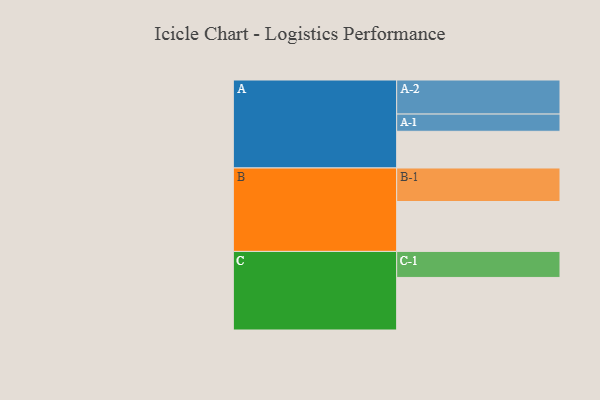
{"axis": {"x": "Segment", "y": "Value"}, "legend": ["", "A", "B", "C"], "data": [{"x": "A", "y": 320, "type": ""}, {"x": "B", "y": 435, "type": ""}, {"x": "C", "y": 458, "type": ""}, {"x": "A-1", "y": 150, "type": "A"}, {"x": "A-2", "y": 297, "type": "A"}, {"x": "B-1", "y": 292, "type": "B"}, {"x": "C-1", "y": 227, "type": "C"}]}